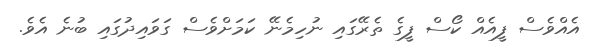
އެއްވެސް ފީއެއް ކޯސް ފީގެ ތެރޭގައި ނުހިމެނޭ ކަމަށްވެސް ގަވައިދުގައި ބުނެ އެވެ.